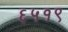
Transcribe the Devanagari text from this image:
६५१९